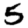
Digit: 5